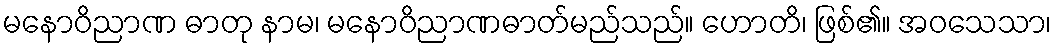
မနောဝိညာဏ ဓာတု နာမ၊ မနောဝိညာဏဓာတ်မည်သည်။ ဟောတိ၊ ဖြစ်၏။ အဝသေသာ၊